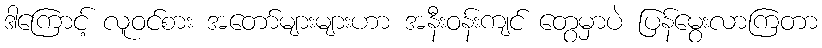
ဒါကြောင့် လူဝင်စား အတော်များများဟာ အနီးဝန်းကျင် တွေမှာပဲ ပြန်မွေးလာကြတာ